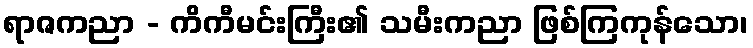
ရာဇကညာ - ကိကီမင်းကြီး၏ သမီးကညာ ဖြစ်ကြကုန်သော၊